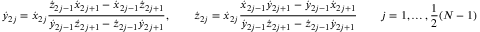
{ \dot { y } } _ { 2 j } = { \dot { x } } _ { 2 j } \frac { { \dot { z } } _ { 2 j - 1 } { \dot { x } } _ { 2 j + 1 } - { \dot { x } } _ { 2 j - 1 } { \dot { z } } _ { 2 j + 1 } } { { \dot { y } } _ { 2 j - 1 } { \dot { z } } _ { 2 j + 1 } - { \dot { z } } _ { 2 j - 1 } { \dot { y } } _ { 2 j + 1 } } , \qquad { \dot { z } } _ { 2 j } = { \dot { x } } _ { 2 j } \frac { { \dot { x } } _ { 2 j - 1 } { \dot { y } } _ { 2 j + 1 } - { \dot { y } } _ { 2 j - 1 } { \dot { x } } _ { 2 j + 1 } } { { \dot { y } } _ { 2 j - 1 } { \dot { z } } _ { 2 j + 1 } - { \dot { z } } _ { 2 j - 1 } { \dot { y } } _ { 2 j + 1 } } \qquad j = 1 , \dots , \frac { 1 } { 2 } ( N - 1 )